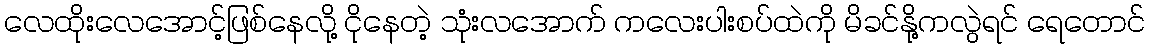
လေထိုးလေအောင့်ဖြစ်နေလို့ ငိုနေတဲ့ သုံးလအောက် ကလေးပါးစပ်ထဲကို မိခင်နို့ကလွဲရင် ရေတောင်